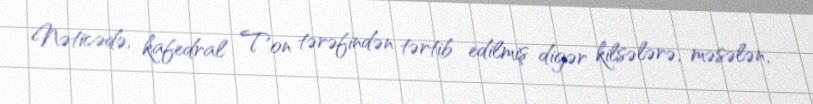
Nəticədə, kafedral Ton tərəfindən tərtib edilmiş digər kilsələrə, məsələn,